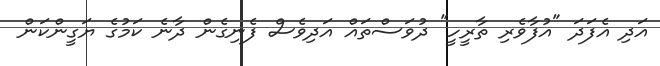
އަދި އެފަދަ "އުފާވެރި ތާރީހީ" ދުވަސްތައް އަދިވެސް ފެނިގެން ދާނެ ކަމުގެ ޔަގީންކަން